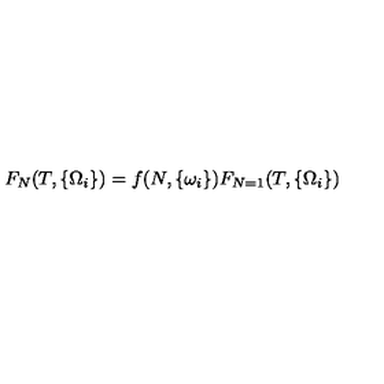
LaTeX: F _ { N } ( T , \{ \Omega _ { i } \} ) = f ( N , \{ \omega _ { i } \} ) F _ { N = 1 } ( T , \{ \Omega _ { i } \} )